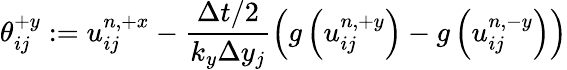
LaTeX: \mathcal{\theta}_{ij}^{+y}:=u_{ij}^{n,+x}-\frac{\Delta t/2}{k_{y}\Delta y_{j}}\left(g\left(u_{ij}^{n,+y}\right)-g\left(u_{ij}^{n,-y}\right)\right)